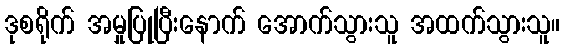
ဒုစရိုက် အမှုပြုပြီးနောက် အောက်သွားသူ အထက်သွားသူ။